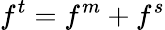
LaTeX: f^{t}=f^{m}+f^{s}